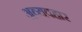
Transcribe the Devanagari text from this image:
अव्यवहार